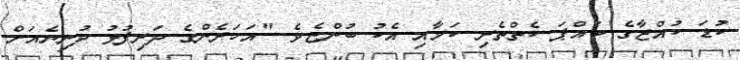
ކުޑަ ކުއްޖާގެ ބައްޕަ ކެތްތެރި ކަމާއި އެކު ބުންޏެވެ. "އަހަރެންގެ ދަރިފުޅު ދުނިޔެއަށް